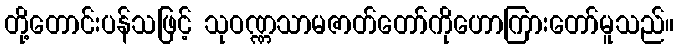
တို့တောင်းပန်သဖြင့် သုဝဏ္ဏသာမဇာတ်တော်ကိုဟောကြားတော်မူသည်။